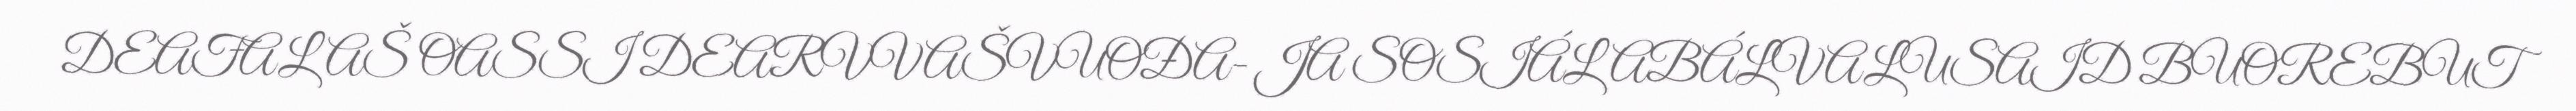
DEAŦALAŠ OASSI DEARVVAŠVUOĐA- JA SOSIÁLABÁLVALUSAID BUOREBUT